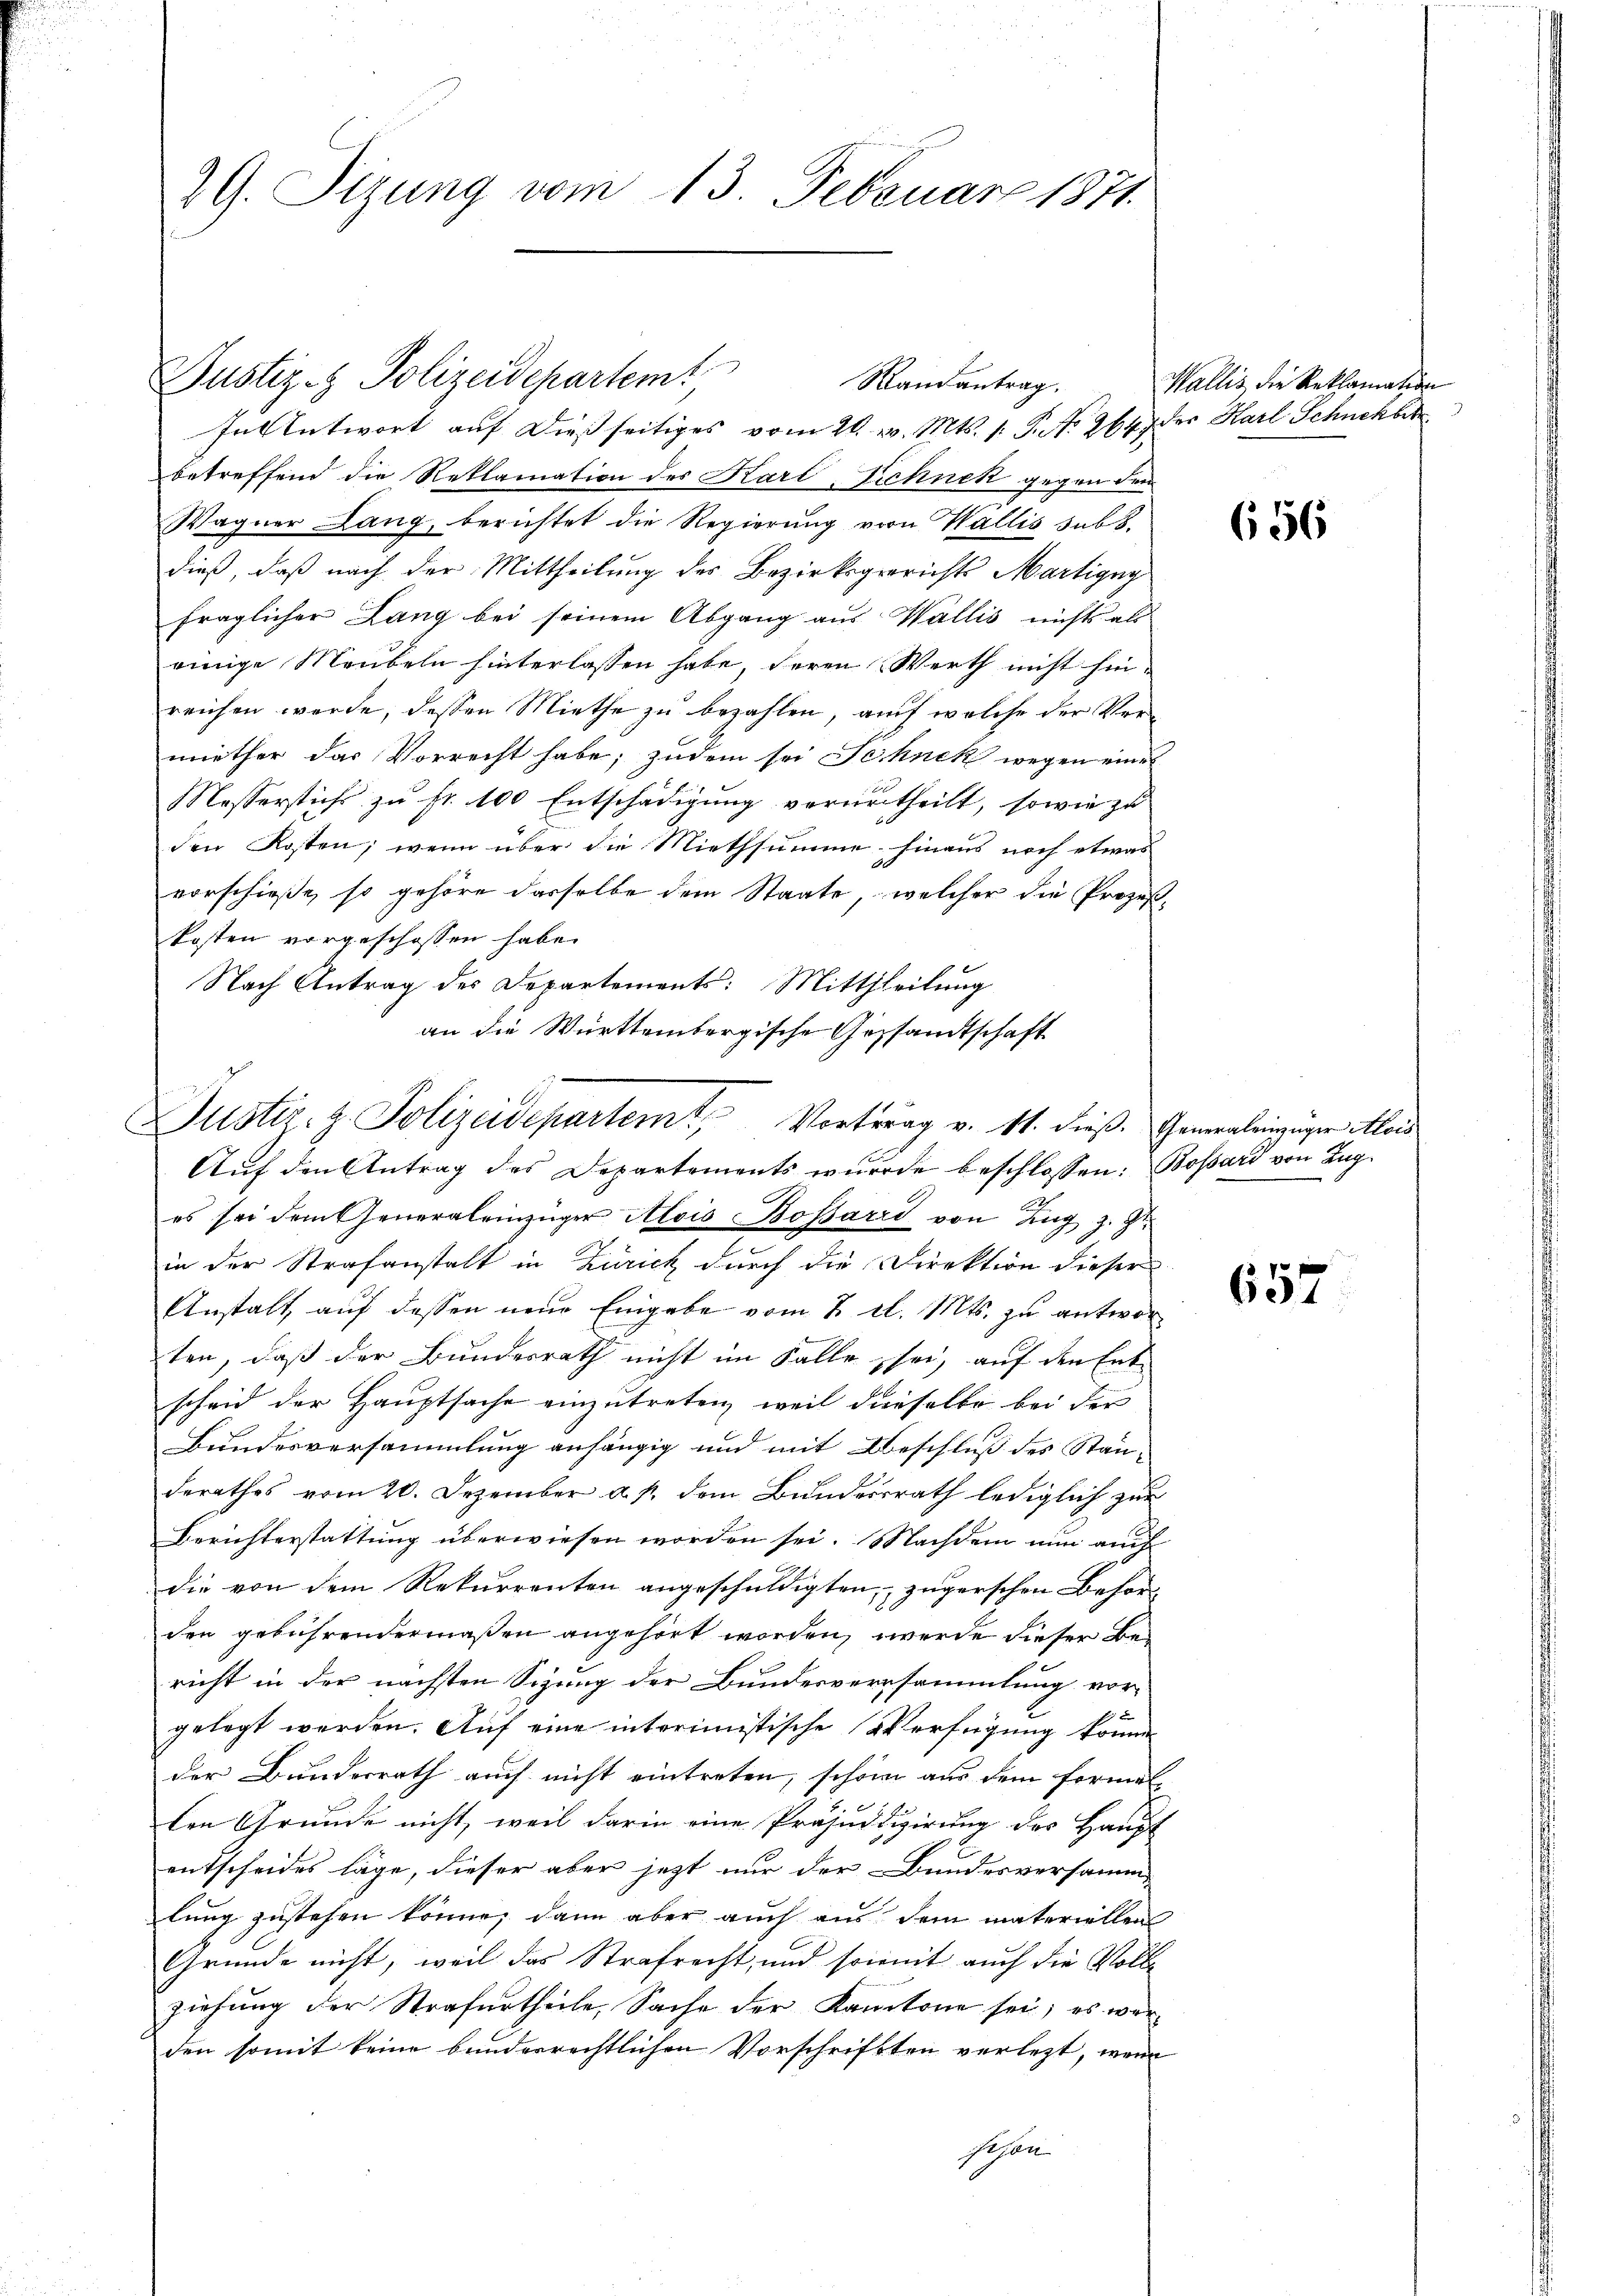
2G. Sizung vom 13. Februar 1871.

In Antwort auf dießseitiges vom 20. v. Mts. 1. P. No 264) der Karl Schnekbek
betreffend die Reklamation des Kart-Schnek gegen den
Wagner Lang, berichtet die Regierung von Wallis subt.
dieß, daß nach der Mittheilung des Bezirksgerichts Martigny
fraglicher Lang bei seinem Abgang aus Wallis nichts als
einige Meubeln hinterlassen habe, deren Werth nicht hinreichen werde, dessen Miethe zu bezahlen, auf welche der Vermiether das Vorrecht habe; zudem sei Jechnek wegen eine
Messerstichs zu fr. 100 Entschädigung verurtheilt, sowie zu
den Kosten; wenn über die Miethsumme hinaus noch etwas
vorschieße, so gehöre dasselbe dem Staate, welcher die Prozeßkosten vorgeschossen habe.
Nach Antrag des Departements: Mittheilung
an die Württembergische Gesandtschaft

Justiz- & Polizeidepartem

Justiz- & Polizeidepartem Vortrag v. 11. dieß. Gemeinleinziger Mei

Randantrag.

Wallis die Reklamation

Auf den Antrag des Departements wurde beschlossen: Bossard von Zug
es sei dem Generaleinzüger Alois Bossarri von Zug z. Z.
in der Strafanstalt in Zürich durch die Direktion dieser
Anstalt, auf dessen neue Eingabe vom 2. el. Mts. zu antworten, daß der Bundesrath nicht im Falle sei, auf den Ent-
scheid der Hauptsache einzutreten, weil dieselbe bei der
Bundesversammlung anhängig und mit Beschluß des Stän-
derathes vom 20. Dezember a. p. dem Bundesrath lediglich zur
Berichterstattung überwiesen worden sei. Nachdem nun auch
die von dem Rekurrenten angeschuldigten, zugerschen Behör
den gebührendermaßen angehört worden, werde dieser Bericht in der nächsten Sizung der Bundesversammlung vor¬

gelegt werden. Auf eine interimistische Verfügung könne
der Bundesrath auch nicht eintreten, schon aus dem Formel-
len Grunde nicht, weil darin eine Präjudizierung des Haupt
entscheides läge, dieser aber jetzt nur der Bundesversamm
lung zustehen könne, dann aber auch aus dem materiellen
Gründe nicht, weil das Strafrecht, und soweit auch die Volle
ziehung der Strafurtheile Sache der Kantone sei; es werden somit keine bunderrechtlichen Vorschriften verlegt, wenn
Sejan.

656

657